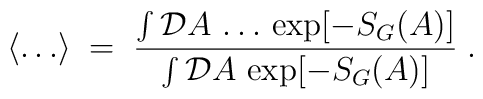
\langle \ldots \rangle \;=\; \frac{\int {\mathcal D}A \,\ldots \, \exp [ - S_G(A) ]}{\int {\mathcal D}A \, \exp [ - S_G(A) ]}\;.